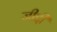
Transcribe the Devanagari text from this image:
जीद्दी